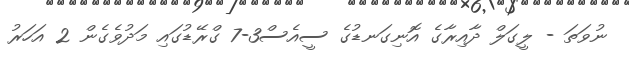
ނުވަތަ - ލީގަލް ދާއިރާގެ އޮނިގަނޑުގެ ސީއެސް3-7 ގްރޭޑުގައި މަދުވެގެން 2 އަހަރު